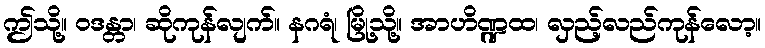
ဤသို့။ ဝဒန္တာ၊ ဆိုကုန်လျက်။ နဂရံ၊ မြို့သို့။ အာဟိဏ္ဍထ၊ လှည့်လည်ကုန်လော့။